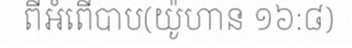
ពីអំពើបាប(យ៉ូហាន ១៦:៨)